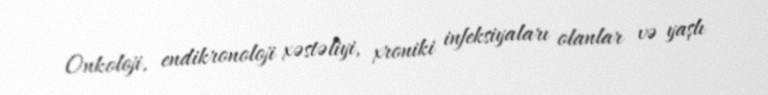
Onkoloji, endikronoloji xəstəliyi, xroniki infeksiyaları olanlar və yaşlı